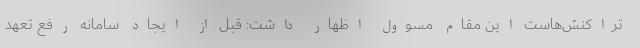
تراکنش‌هاست این مقام مسوول اظهار داشت: قبل از ایجاد سامانه رفع تعهد